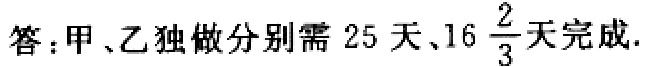
答：甲、乙独做分别需 \(25\) 天、\(16\frac{2}{3}\) 天完成.